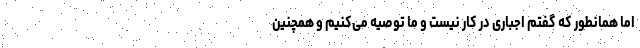
اما همانطور که گفتم اجباری در کار نیست و ما توصیه می‌کنیم و همچنین